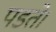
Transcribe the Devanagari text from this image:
पडते।